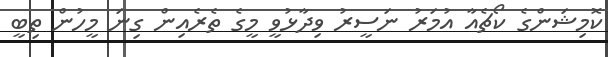
ކޮމިޝަންގެ ކޯޗެއާ އުމަރު ނަސީރު ވިދާޅުވީ މީގެ ތެރެއިން ގިނަ މީހުން ތިބީ